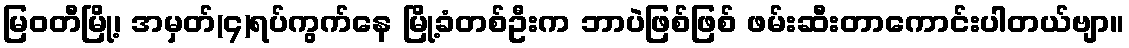
မြဝတီမြို့၊ အမှတ်(၄)ရပ်ကွက်နေ မြို့ခံတစ်ဦးက ဘာပဲဖြစ်ဖြစ် ဖမ်းဆီးတာကောင်းပါတယ်ဗျာ။